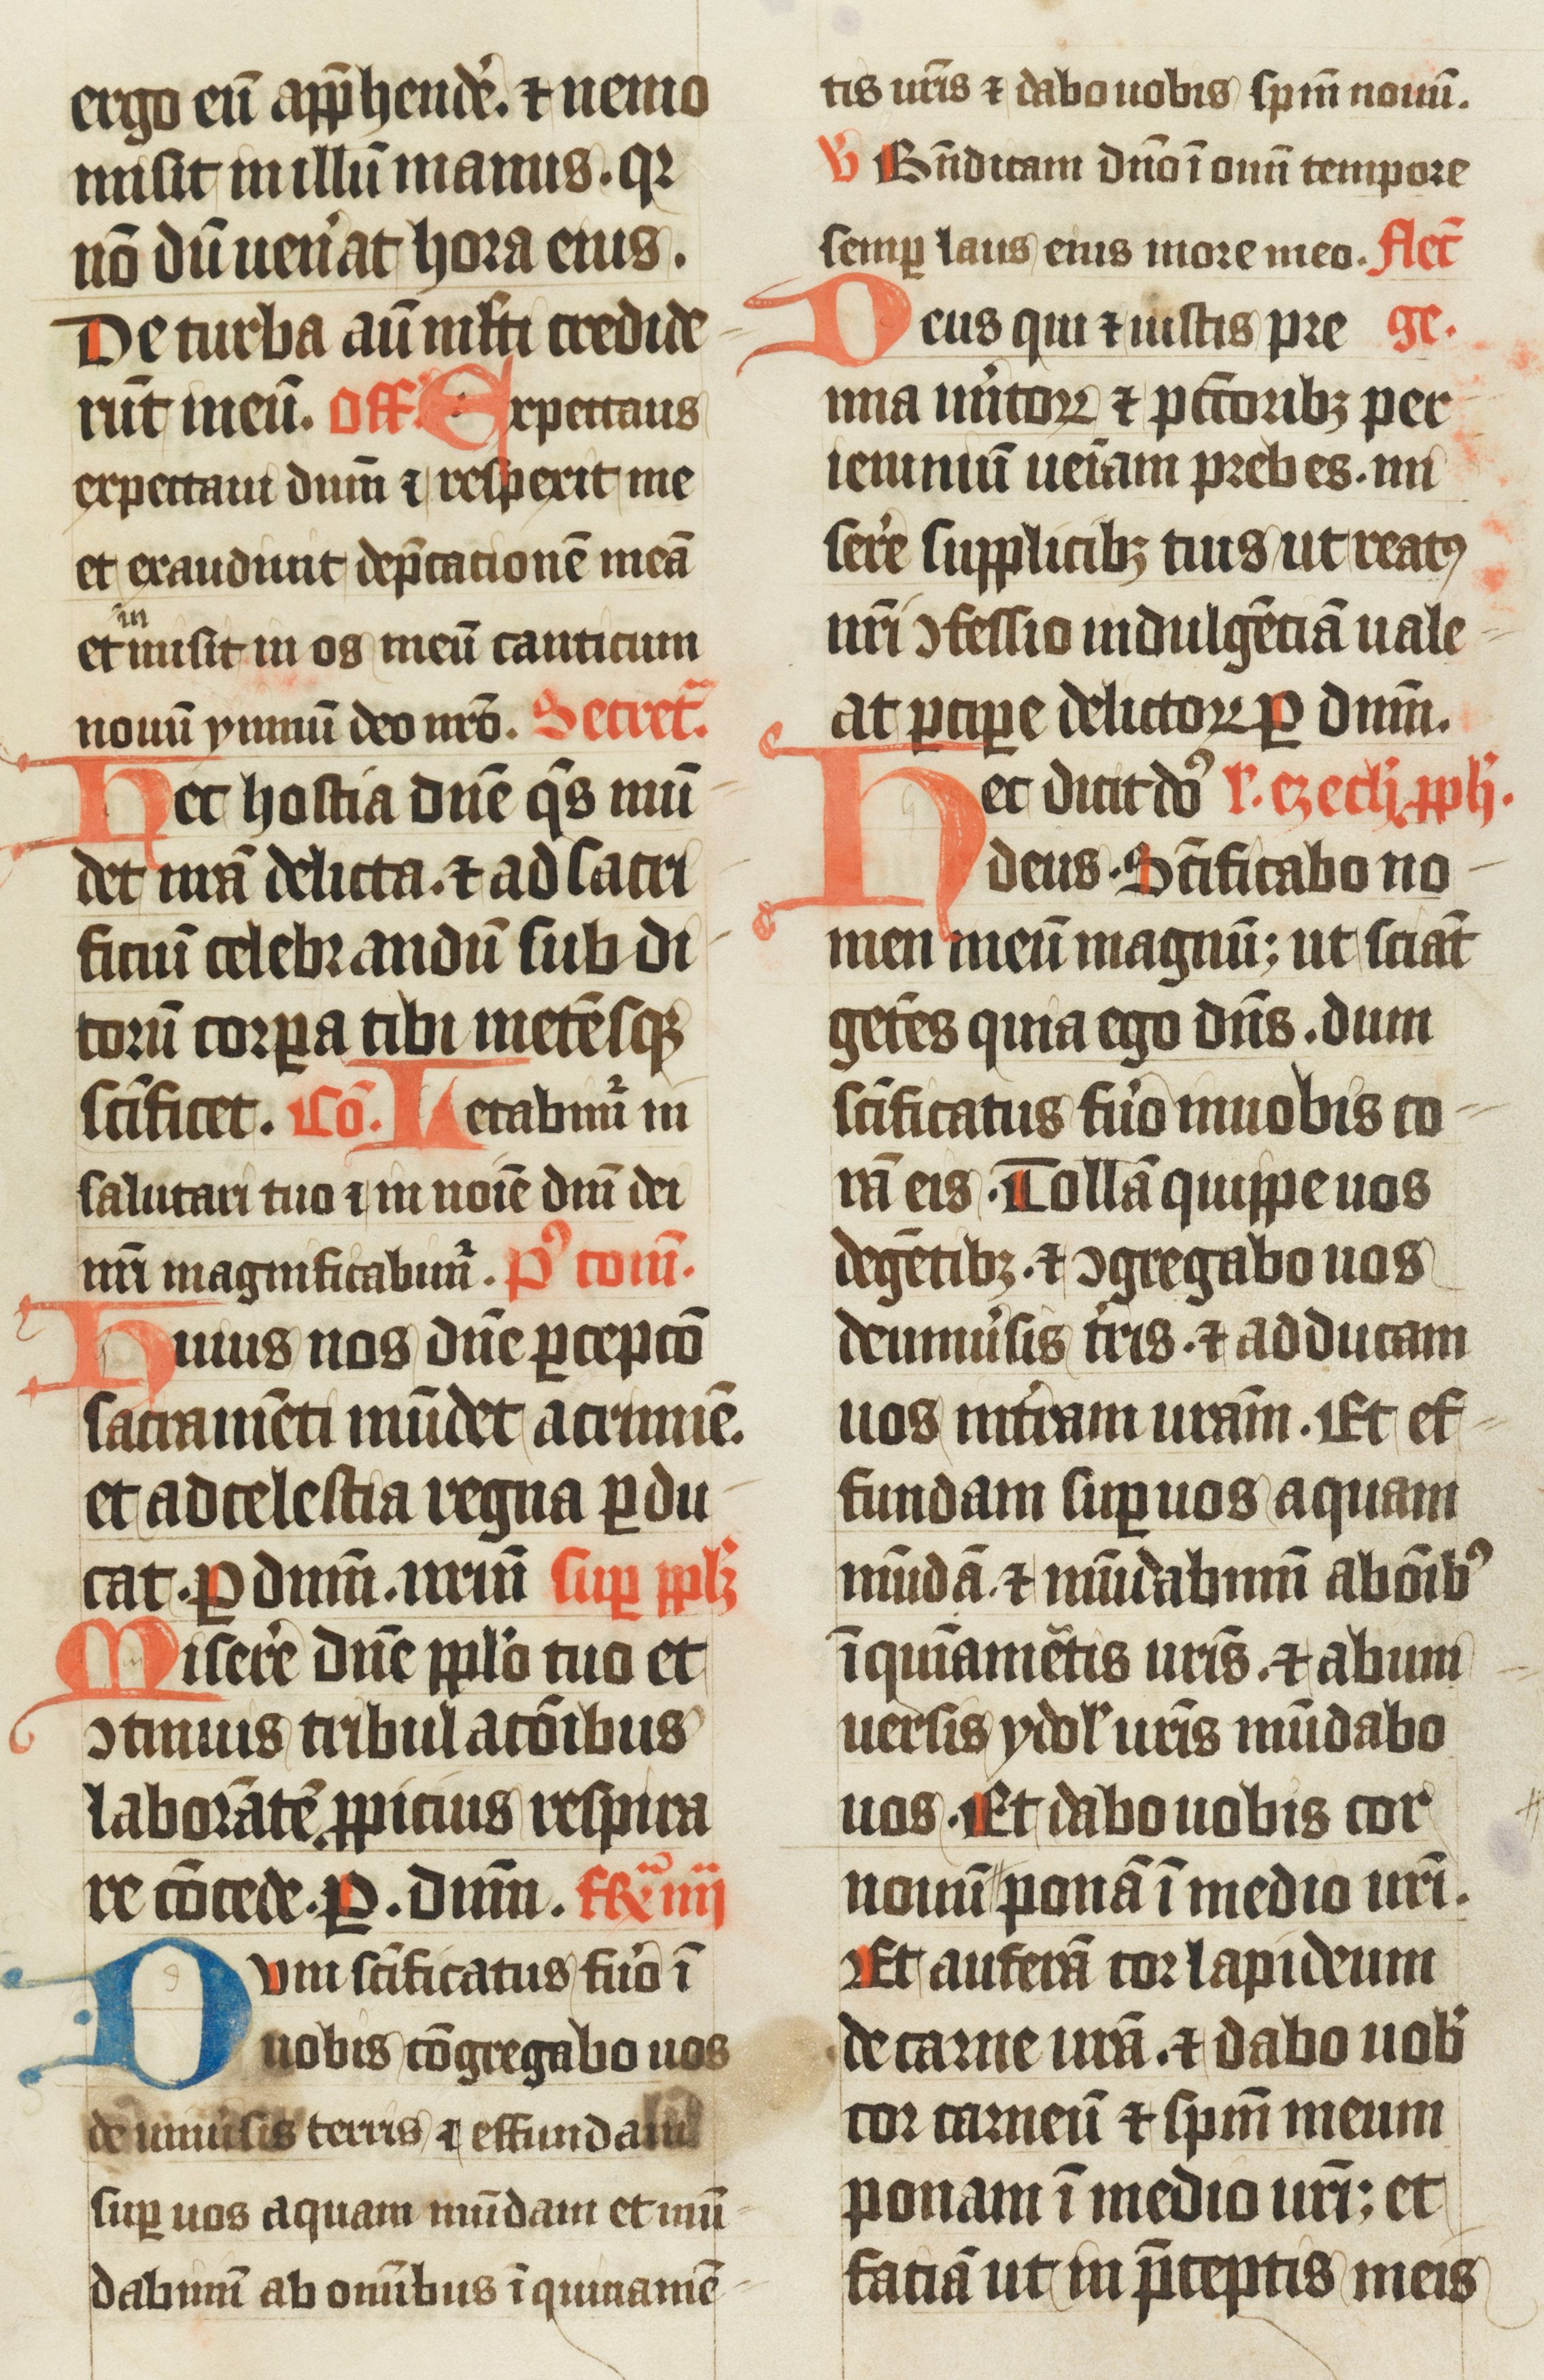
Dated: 1438–1439